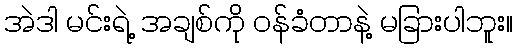
အဲဒါ မင်းရဲ့ အချစ်ကို ဝန်ခံတာနဲ့ မခြားပါဘူး။